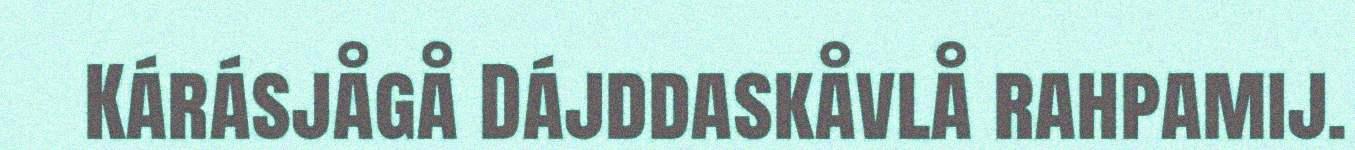
Kárásjågå Dájddaskåvlå rahpamij.